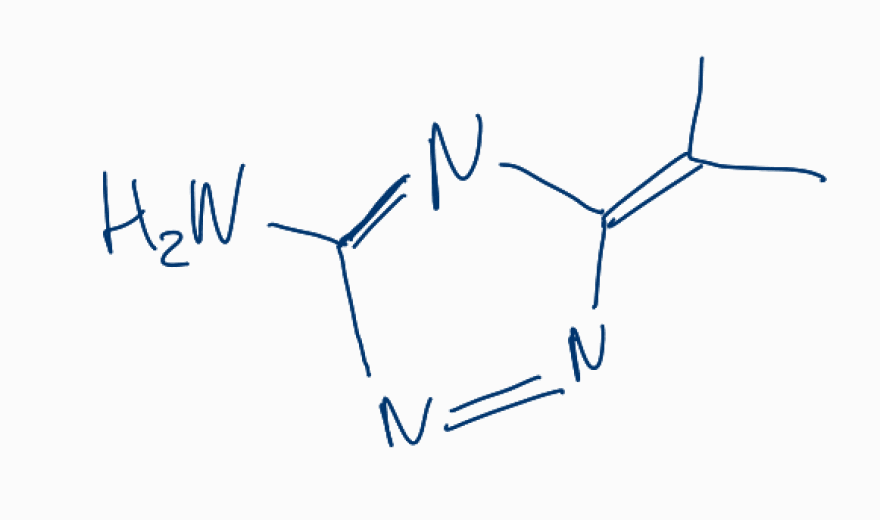
Simplified molecular-input line-entry system (SMILES) notation of the given molecule:
CC(=C1N=C(N=N1)N)C